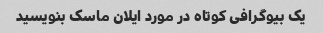
یک بیوگرافی کوتاه در مورد ایلان ماسک بنویسید